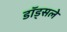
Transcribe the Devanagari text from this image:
डॉड्सले